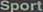
Sport